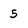
Character: 5